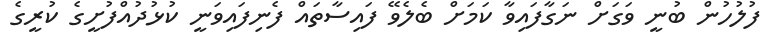
ފުލުހުން ބުނީ ވަގަށް ނަގާފައިވާ ކަމަށް ބެލެވޭ ފައިސާތައް ފެނިފައިވަނީ ކުޅުދުއްފުށީގެ ކުރީގެ